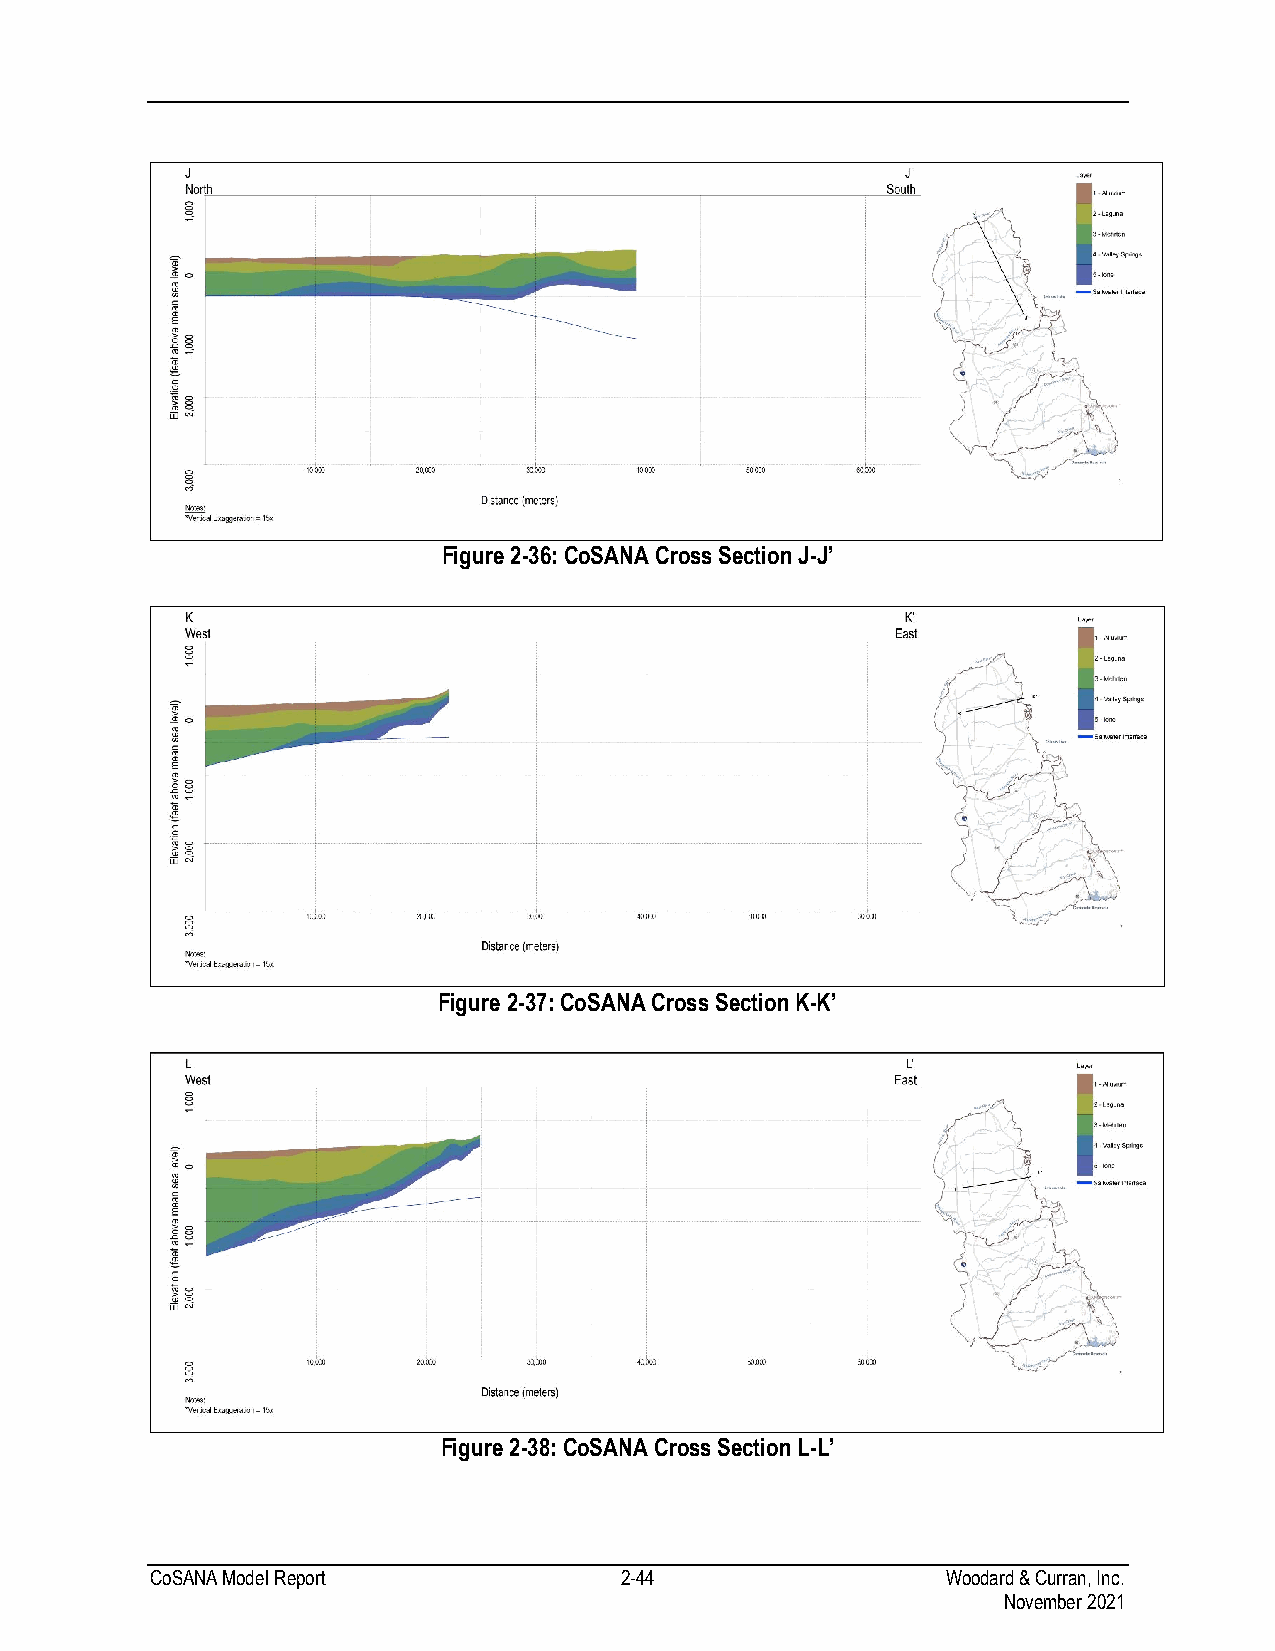
Figure 2-36: CoSANA Cross Section J-J’
 Figure 2-37: CoSANA Cross Section K-K’
 Figure 2-38: CoSANA Cross Section L-L’
 CoSANA Model Report            2-44                  Woodard & Curran, Inc.
 November 2021